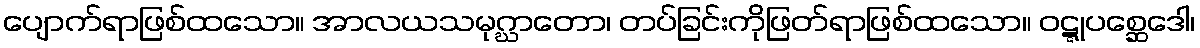
ပျောက်ရာဖြစ်ထသော။ အာလယသမုဂ္ဃာတော၊ တပ်ခြင်းကိုဖြတ်ရာဖြစ်ထသော။ ဝဋ္ဋုပစ္ဆေဒေါ၊